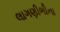
લાગણીભીના